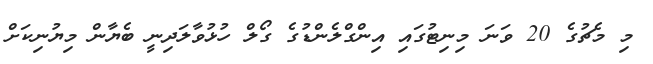
މި މެޗުގެ 20 ވަނަ މިނިޓުގައި އިންގްލެންޑުގެ ގޯލް ހުޅުވާލަދިނީ ބެޔާން މިޔުނިކަށް